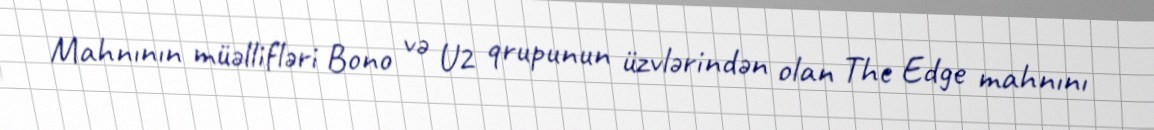
Mahnının müəllifləri Bono və U2 qrupunun üzvlərindən olan The Edge mahnını